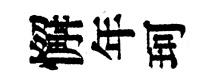
懈年珂